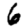
Digit: 6